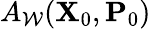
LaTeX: A_{\mathcal{W}}(\mathbf{X}_{0},\mathbf{P}_{0})